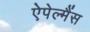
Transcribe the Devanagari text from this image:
ऐपेल्मैंस